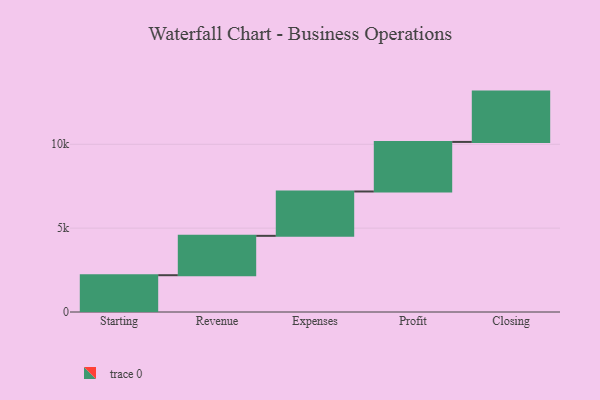
{"axis": {"x": "Step", "y": "Value"}, "legend": [""], "data": [{"x": "Starting", "y": 2194.0, "type": ""}, {"x": "Revenue", "y": 2347.0, "type": ""}, {"x": "Expenses", "y": 2644.0, "type": ""}, {"x": "Profit", "y": 2956.0, "type": ""}, {"x": "Closing", "y": 3000, "type": ""}]}